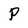
Character: P